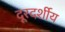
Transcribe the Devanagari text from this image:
दूरदर्शीय